Report on horse surra - Volume I
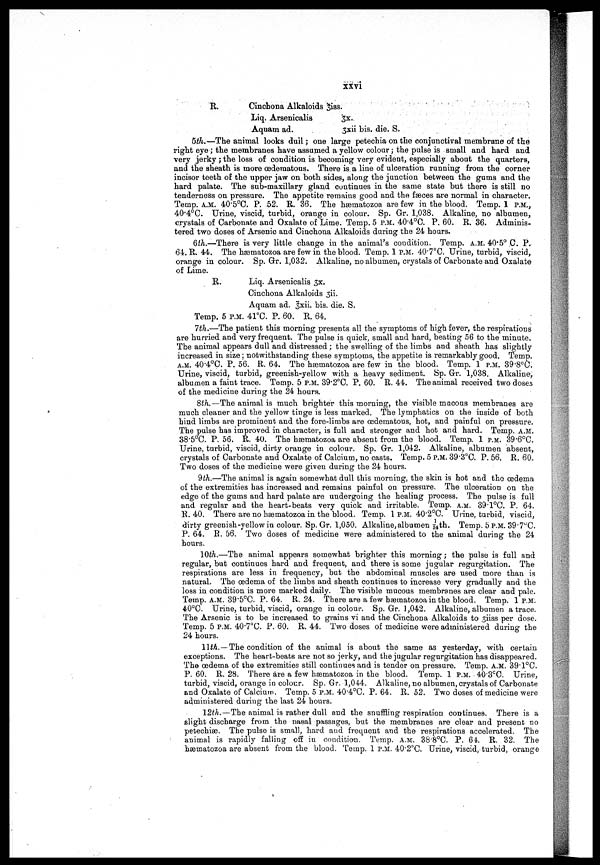
xxvi
R.
Cinchona Alkaloids 3iss.
Liq. Arsenicalia
3x.
Aquam ad.
3xii bis. die. S.
5th.—The animal looks dull; one large petechia on the conjunctival membrane of the
right eye; the membranes have assumed a yellow colour ; the pulse is small and hard and
very jerky ; the loss of condition is becoming very evident, especially about the quarters,
and the sheath is more œderaatous. There is a line of ulceration running from the corner
incisor teeth of the upper jaw on both sides, along the junction between the gums and the
hard palate. The sub-maxillary gland continues in the same state but there is still no
tenderness on pressure. The appetite remains good and the fæces are normal in character.
Temp. A.M. 40.5°C. P. 52. R. 36. The hæinatozoa are few in the blood. Temp. 1 P.M.,
40.4°C. Urine, viscid, turbid, orange in colour. Sp. Gr. 1,038. Alkaline, no albumen,
crystals of Carbonate and Oxalate of Lime. Temp. 5 P.M. 40.4°C. P. 60. R. 36. Adminis-
tered two doses of Arsenic and Cinchona Alkaloids during the 24 hours.
6th.—There is very little change in the animal's condition. Temp. A.M. 40.5° ,C. P.
64. R. 44. The hæmatozoa are few in the blood. Temp. 1 P.M. 40.7°C. Urine, turbid, viscid,
orange in colour. Sp. Gr. 1,032. Alkaline, no albumen, crystals of Carbonate and Oxalate
of Lime.
R.
Liq. Arsenicalis $x.
Cinchona Alkaloids 3ii.
Aquam ad. 3xii. bis. die. S.
Temp. 5 P.M. 41°C. P. 60. R. 64.
7th.—The patient this morning presents all the symptoms of high fever, the respirations
are hurried and very frequent. The pulse is quick, small and hard, beating 56 to the minute.
The animal appears dull and distressed; the swelling of the limbs and sheath has slightly
increased in size; notwithstanding these symptoms, the appetite is remarkably good. Temp.
A.M. 40.4°C. P. 56. R. 64. The hæmatozoa are few in the blood. Temp. 1 P.M. 39.8°C.
Urine, viscid, turbid, greenish-yellow with a heavy sediment. Sp. Gr. 1,038. Alkaline,
albumen a faint trace. Temp. 5 P.M. 39.2°C. P. 60. R. 44. The animal received two doses
of the medicine during the 24 hours.
8th. —The animal is much brighter this morning, the visible mucous membranes are
much cleaner and the yellow tinge is less marked. The lymphatics on the inside of both
hind limbs are prominent and the fore-limbs are œdematous, hot, and painful on pressure.
The pulse has improved in character, is full and stronger and hot and hard. Temp. A.M.
38.5°C. P. 56. R. 40. The hæmatozoa are absent from the blood. Temp. 1 P.M. 39.6°C.
Urine, turbid, viscid, dirty orange in colour. Sp. Gr. 1,042. Alkaline, albumen absent,
crystals of Carbonate and Oxalate of Calcium, no casts. Temp. 5 P.M. 39.3°C. P. 56. R. 60.
Two doses of the medicine were given during the 24 hours.
9th.—The animal is again somewhat dull this morning, the skin is hot and the œdema
of the extremities has increased and remains painful on pressure. The ulceration on the
edge of the gums and hard palate are undergoing the healing process. The pulse is full
and regular and the heart-beats very quick and irritable. Temp. A.M. 39.1°C. P. 64.
R. 40. There are no hœmatozoa in the blood. Temp. 1P.M. 40.2°C. Urine, turbid, viscid,
dirty greenish-yellow in colour. Sp. Gr. 1,050. Alkaline, albumen 1/34th. Temp. 5 P.M. 39.7°C.
P. 64. R. 56. Two doses of medicine were administered to the animal during the 24
hours.
10th.—The animal appears somewhat brighter this morning; the pulse is full and
regular, but continues hard and frequent, and there is some jugular regurgitation. The
respirations are less in frequency, but the abdominal muscles are used more than is
natural. The oedema of the limbs and sheath continues to increase very gradually and the
loss in condition is more marked daily. The visible mucous membranes are clear and pale.
Temp. A.M. 39.5°C. P. 64. R. 24. There are a few hæmatozoainthe blood. Temp. 1 P.M.
40°C. Urine, turbid, viscid, orange in colour. Sp. Gr. 1,042. Alkaline, albumen a trace.
The Arsenic is to be increased to grains vi and the Cinchona Alkaloids to 3iiss per dose.
Temp. 5 P.M. 40.7°C. P. 60. R. 44. Two doses of medicine were administered during the
24 hours.
11th. — The condition of the animal is about the same as yesterday, with certain
exceptions. The heart-beats are not so jerky, and the jugular regurgitation has disappeared.
The oedema of the extremities still continues and is tender on pressure. Temp. A.M. 39.1°C.
P. 60. R. 28. There are a few hæmatozoa in the blood. Temp. 1 P.M. 40.3°C. Urine,
turbid, viscid, orange in colour. Sp. Gr. 1,044. Alkaline, no albumen, crystals of Carbonate
and Oxalate of Calcium. Temp. 5 P.M. 40.4°C. P. 64. R. 52. Two doses of medicine were
administered during the last 24 hours.
12th.— The animal is rather dull and the snuffling respiration continues. There is a
slight discharge from the nasal passages, but the membranes are clear and present no
petechias. The pulse is small, hard and frequent and the respirations accelerated. The
animal is rapidly falling off in condition. Temp. A.M. 38.8°C. P. 64.R. 32. The
hæatozoa are absent from the blood. Temp. 1 P.M. 40.°C. Urine, viscid, turbid, orange